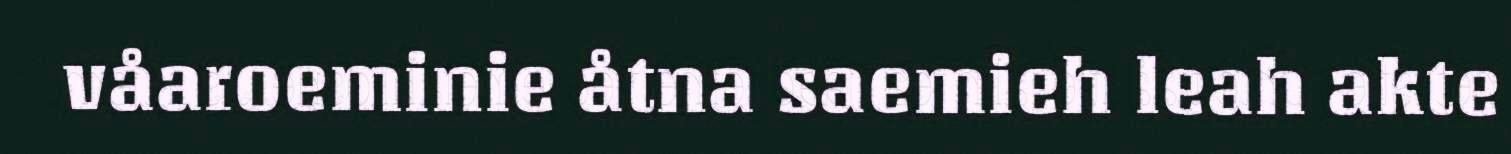
våaroeminie åtna saemieh leah akte